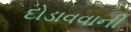
દોડાવવાની